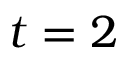
t = 2